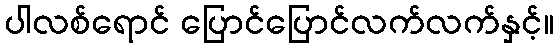
ပါလစ်ရောင် ပြောင်ပြောင်လက်လက်နှင့်။